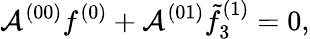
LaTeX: \mathcal{A}^{(00)}f^{(0)}+\mathcal{A}^{(01)}\tilde{f}_{3}^{(1)}=0,